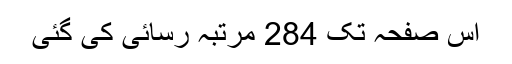
اِس صفحہ تک 284 مرتبہ رسائی کی گئی